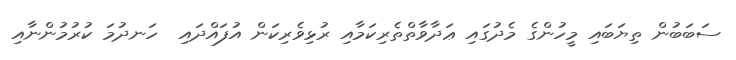
ސަބަބުން ތިޔަބައި މީހުންގެ މެދުގައި ޢަދާވާތްތެރިކަމާއި ރުޅިވެރިކަން އުފައްދައި  ހަނދުމަ ކުރުމުންނާއި